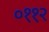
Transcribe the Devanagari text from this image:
०११२